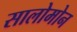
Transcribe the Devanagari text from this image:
सालोमोन